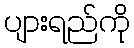
ပျားရည်ကို